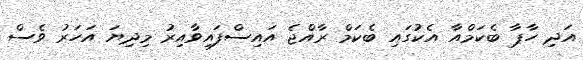
އަދި ހާޕާ ބެކަމްއާ އެކުގައި ބެކަމް ރާއްޖެ އައިސްފައިވާއިރު މިދިޔަ އަހަރު ވެސް